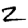
Digit: 2